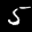
Label: 5